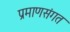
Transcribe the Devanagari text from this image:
प्रमाणसंगत